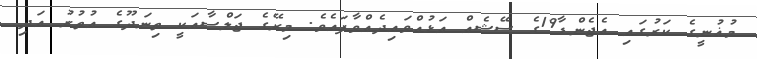
މުޣުނީގެ ކަރުގައި އެޖެންޑާ19ގެ ސޭޝެއް އަޅުއްވައިދެއްވާފައެވެ. މިރޭގެ ޖަލްސާއަކީ ތިނަދޫގެ އުތުރު އަދި